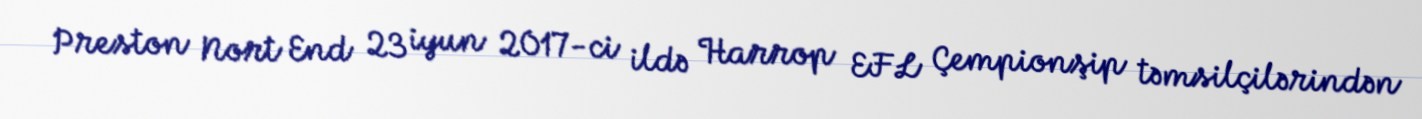
Preston Nort End 23 iyun 2017-ci ildə Harrop EFL Çempionşip təmsilçilərindən